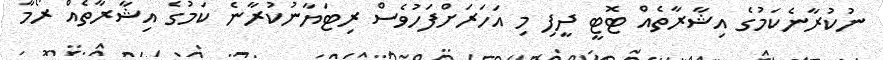
ނުކުރާނެކަމުގެ އިޝާރާތެއް ޓޮޓީ ދީފި މި އަހަރަށްފަހުވެސް ރިޓަޔާނުކުރާނެ ކަމުގެ އިޝާރާތެއް ރޯމާ